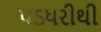
પડધરીથી